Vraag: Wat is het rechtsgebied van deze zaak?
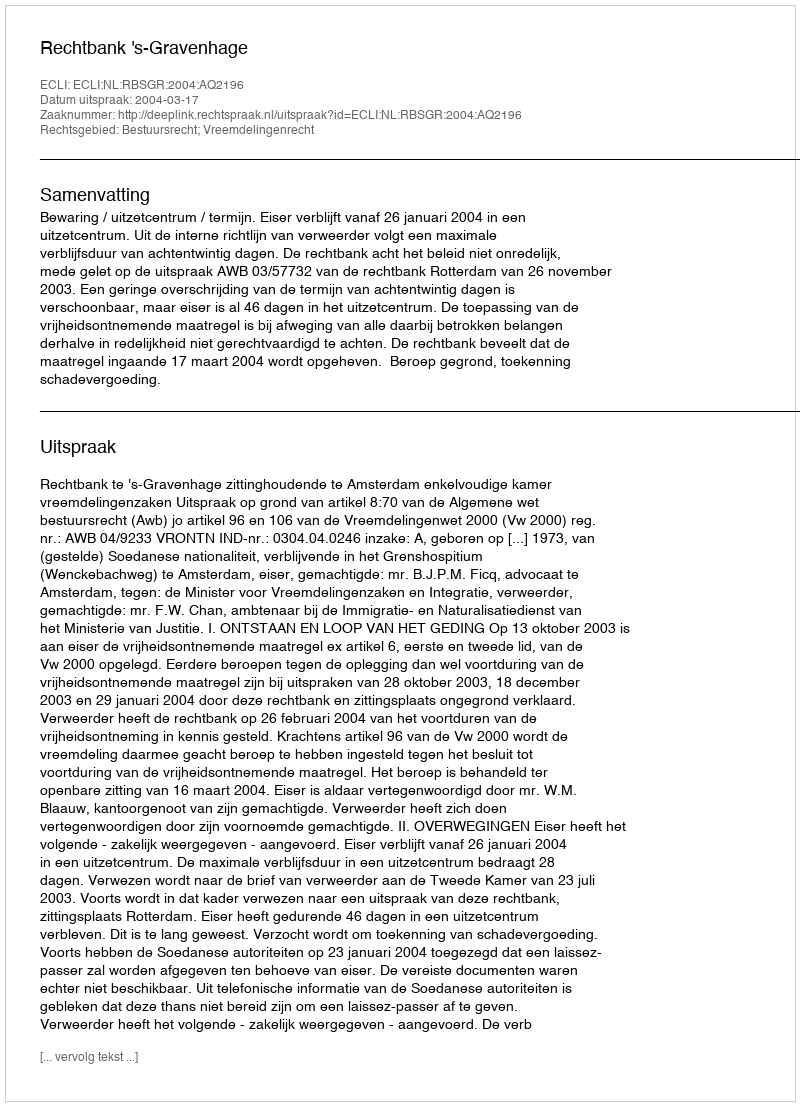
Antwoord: Bestuursrecht; Vreemdelingenrecht